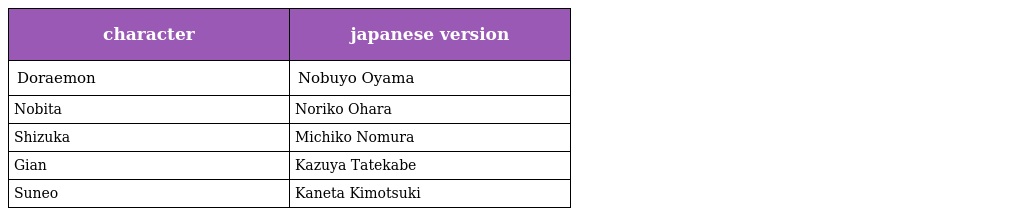
| character | japanese version |
 | --- | --- |
 | Doraemon | Nobuyo Oyama |
 | Nobita | Noriko Ohara |
 | Shizuka | Michiko Nomura |
 | Gian | Kazuya Tatekabe |
 | Suneo | Kaneta Kimotsuki |